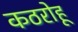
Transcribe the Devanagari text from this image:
कठरोहू